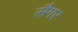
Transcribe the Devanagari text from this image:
सैगर